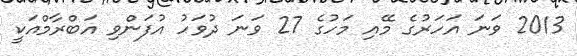
2013 ވަނަ އަހަރުގެ މޭއި މަހުގެ 27 ވަނަ ދުވަހު އުފަންވި އަބްރާމްއަކީ